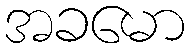
အခမော